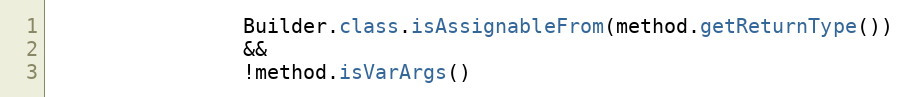
Language: Java
                Builder.class.isAssignableFrom(method.getReturnType())
                &&
                !method.isVarArgs()